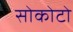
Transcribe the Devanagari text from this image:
सोकोटो